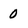
Character: 0